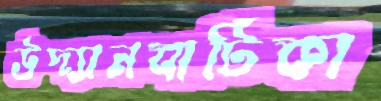
উদ্যানবাটিকা